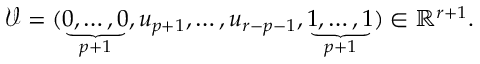
\mathcal { V } = ( \underbrace { 0 , \ldots , 0 } _ { p + 1 } , u _ { p + 1 } , \ldots , u _ { r - p - 1 } , \underbrace { 1 , \ldots , 1 } _ { p + 1 } ) \in \mathbb { R } ^ { r + 1 } .